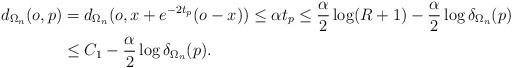
LaTeX: \begin{align*}d_{\Omega_n}(o,p) &= d_{\Omega_n}(o, x+e^{-2t_p}(o-x)) \leq \alpha t_p \leq \frac{\alpha}{2} \log(R+1) - \frac{\alpha}{2}\log\delta_{\Omega_n}(p) \\& \leq C_1-\frac{\alpha}{2}\log \delta_{\Omega_n}(p).\end{align*}